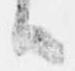
候